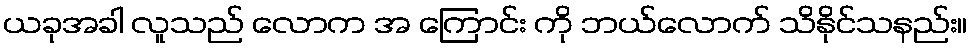
ယခုအခါ လူသည် လောက အ ကြောင်း ကို ဘယ်လောက် သိနိုင်သနည်း။